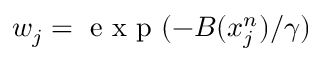
w _ { j } = \textrm { e x p } ( - B ( x _ { j } ^ { n } ) / \gamma )